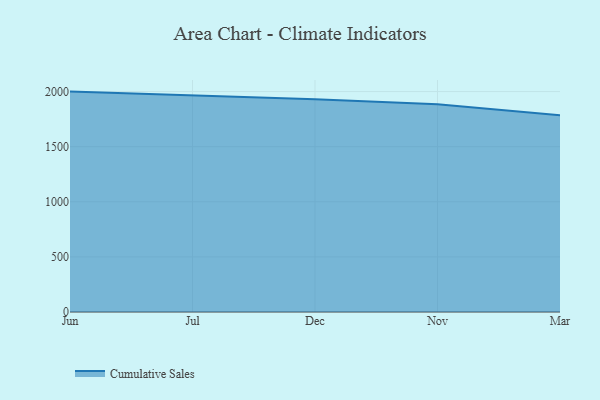
{"axis": {"x": "Month", "y": "Humidity (%)"}, "legend": ["Cumulative Sales"], "data": [{"x": "Jun", "y": 1999.7, "type": "Cumulative Sales"}, {"x": "Jul", "y": 1962.7, "type": "Cumulative Sales"}, {"x": "Dec", "y": 1929.9, "type": "Cumulative Sales"}, {"x": "Nov", "y": 1885.1, "type": "Cumulative Sales"}, {"x": "Mar", "y": 1785.0, "type": "Cumulative Sales"}]}